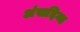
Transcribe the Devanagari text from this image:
अंसदिग्ध